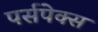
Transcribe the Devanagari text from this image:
पर्सपेक्स